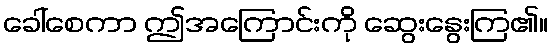
ခေါ်စေကာ ဤအကြောင်းကို ဆွေးနွေးကြ၏။